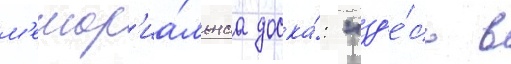
м'емор'иа́льнаа доска́: "зд'е́сь в